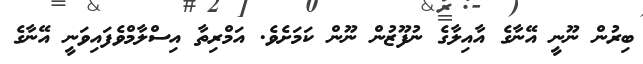
ބިރުން ނޫނީ އޭނާގެ އާއިލާގެ ނުފޫޒުން ނޫން ކަމަށެވެ. އަމްރިތާ އިސްލާމްވެފައިވަނީ އޭނާގެ